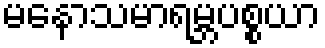
မနောသမာရမ္ဘပစ္စယာ